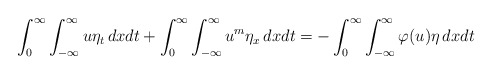
\begin{align*}\int_{0}^{\infty}\int_{-\infty}^{\infty}u\eta_t\,dxdt+\int_{0}^{\infty}\int_{-\infty}^{\infty}u^m\eta_x\,dxdt=-\int_{0}^{\infty}\int_{-\infty}^{\infty}\varphi(u)\eta\,dxdt\end{align*}